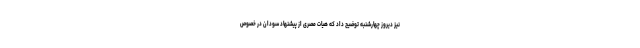
نیز دیروز چهارشنبه توضیح داد که هیات مصری از پیشنهاد سودان در خصوص